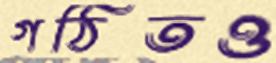
গঠিতও